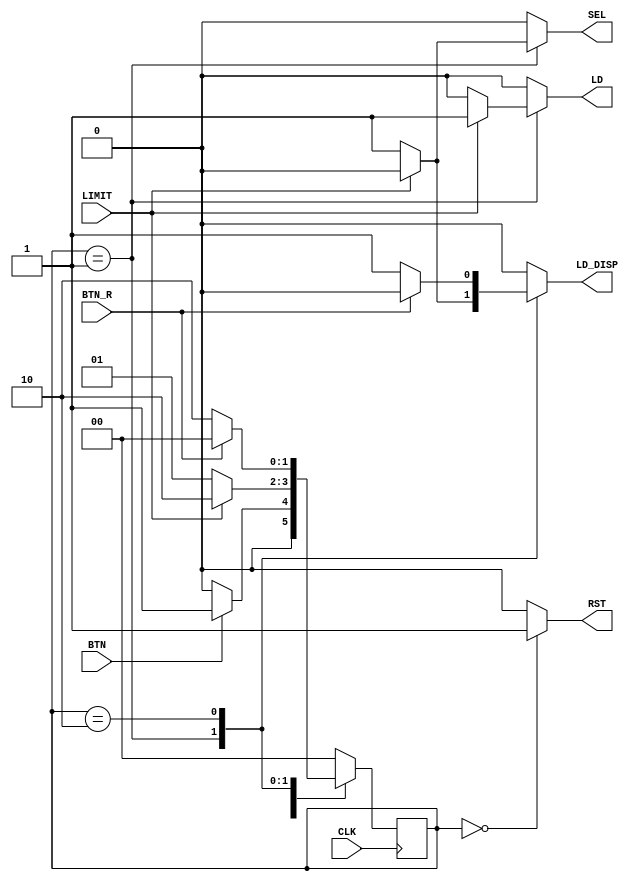
`timescale 1ns / 1ps
//////////////////////////////////////////////////////////////////////////////////
// Company: URPC
// 
// Design Name: 
// Module Name: fsm_rk4
// Project Name: 
// Target Devices: 
// Tool Versions: 
// Description: 
// 
//////////////////////////////////////////////////////////////////////////////////

module fsm_rk4(CLK, BTN, BTN_R, LIMIT, LD, LD_DISP, SEL, RST);

input CLK, BTN, BTN_R, LIMIT;
output reg LD, LD_DISP, SEL, RST;

reg [1:0] PS, NS;
parameter [1:0] st_wait = 2'b00, st_calc = 2'b01, st_display = 2'b10;

    always @ (posedge CLK)
        if (CLK == 1)
            PS <= NS;
          
    always @ (BTN, BTN_R, PS, LIMIT)
    begin
    
    // assign all outputs
     SEL = 0; 
     RST = 0;
     LD  = 0;
     LD_DISP = 0;
     
      case (PS)
     
         st_wait:
         begin
             if (!BTN)
              begin
               SEL = 0;
               RST = 1;
               LD = 0;
               NS = st_wait;
              end
             else 
             begin
               RST = 1;
               NS = st_calc;
             end
         end
         
         st_calc: 
         begin
             
              if(!LIMIT)
                 begin
                    SEL = 1;
                    RST = 0;
                    LD = 0;
                    LD_DISP = 1;
                    NS = st_calc;
                 end
               else if (LIMIT)
                 begin
                    SEL = 0;
                    LD = 1;
                    RST = 0;
                    LD_DISP = 0;
                    NS = st_display;
                 end
               else
                    NS = st_wait;
         end
         
         st_display:
         begin
         
             if(!BTN_R)
                 begin
                 SEL = 0;
                 LD = 0;
                 RST = 0;
                 LD_DISP = 1;
                 
                 NS = st_display;
                 end
             else if(BTN_R)
                 begin 
                 SEL = 0;
                 LD = 0;
                 RST = 0;
                 LD_DISP = 0;
                 
                 NS = st_wait;
                 end
            else 
                NS = st_display;
                
         end
       
         default: NS = st_wait;
       
      endcase
    
    end
      
endmodule